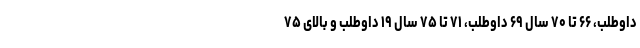
داوطلب، ۶۶ تا ۷۰ سال ۶۹ داوطلب، ۷۱ تا ۷۵ سال ۱۹ داوطلب و بالای ۷۵